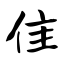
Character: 隹